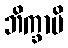
ဘိက္ခာမိ